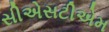
સીએસટીએમ